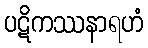
ပဋိကဿနာရဟံ